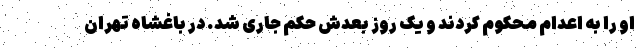
او را به اعدام محکوم کردند و یک روز بعدش حکم جاری شد. در باغشاه تهران